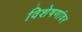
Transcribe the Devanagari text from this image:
विशेषणांवर